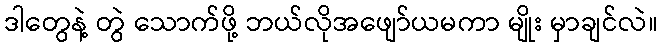
ဒါတွေနဲ့ တွဲ သောက်ဖို့ ဘယ်လိုအဖျော်ယမကာ မျိုး မှာချင်လဲ။